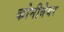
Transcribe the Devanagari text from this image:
कोनीबेयर